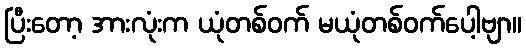
ပြီးတော့ အားလုံးက ယုံတစ်ဝက် မယုံတစ်ဝက်ပေါ့ဗျာ။